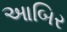
આબિર